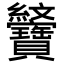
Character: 𦈆